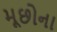
મૂછોના